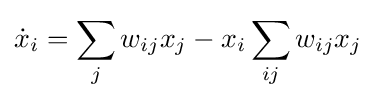
{\dot {x}}_{i}=\sum _{j}w_{ij}x_{j}-x_{i}\sum _{ij}w_{ij}x_{j}